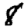
Digit: 8